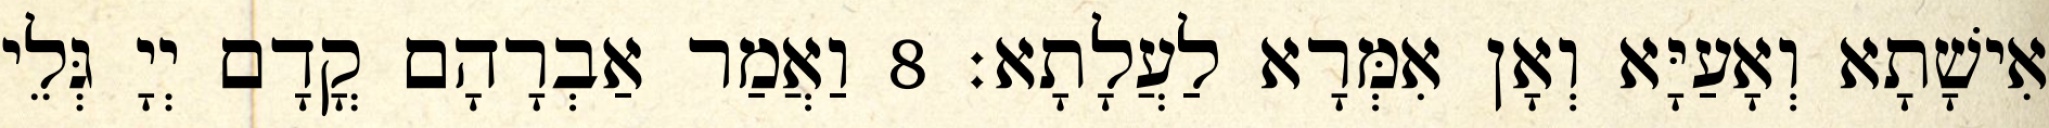
אִישָׁתָא וְאָעַיָּא וְאָן אִמְּרָא לַעֲלָתָא׃ 8 וַאֲמַר אַבְרָהָם קֳדָם יְיָ גְּלֵי